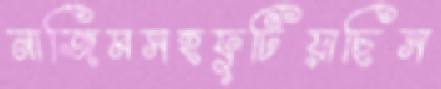
নাজিমসহফুটিয়াছিস